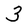
Character: 3